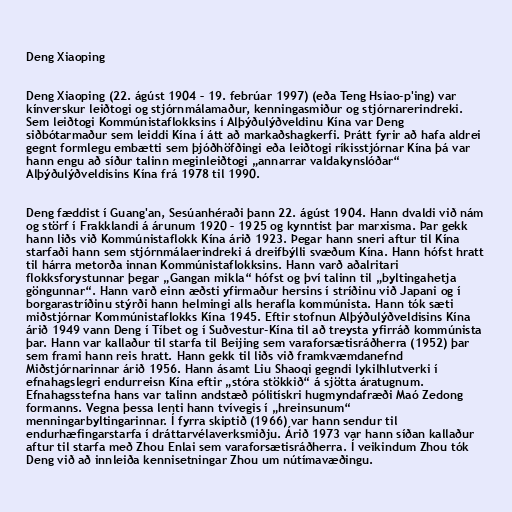
Deng Xiaoping

Deng Xiaoping (22. ágúst 1904 – 19. febrúar 1997) (eða Teng Hsiao-p'ing) var
kínverskur leiðtogi og stjórnmálamaður, kenningasmiður og stjórnarerindreki.
Sem leiðtogi Kommúnistaflokksins í Alþýðulýðveldinu Kína var Deng
siðbótarmaður sem leiddi Kína í átt að markaðshagkerfi. Þrátt fyrir að hafa aldrei
gegnt formlegu embætti sem þjóðhöfðingi eða leiðtogi ríkisstjórnar Kína þá var
hann engu að síður talinn meginleiðtogi „annarrar valdakynslóðar“
Alþýðulýðveldisins Kína frá 1978 til 1990.

Deng fæddist í Guang'an, Sesúanhéraði þann 22. ágúst 1904. Hann dvaldi við nám
og störf í Frakklandi á árunum 1920 – 1925 og kynntist þar marxisma. Þar gekk
hann liðs við Kommúnistaflokk Kína árið 1923. Þegar hann sneri aftur til Kína
starfaði hann sem stjórnmálaerindreki á dreifbýlli svæðum Kína. Hann hófst hratt
til hárra metorða innan Kommúnistaflokksins. Hann varð aðalritari
flokksforystunnar þegar „Gangan mikla“ hófst og því talinn til „byltingahetja
göngunnar“. Hann varð einn æðsti yfirmaður hersins í stríðinu við Japani og í
borgarastríðinu stýrði hann helmingi alls herafla kommúnista. Hann tók sæti
miðstjórnar Kommúnistaflokks Kína 1945. Eftir stofnun Alþýðulýðveldisins Kína
árið 1949 vann Deng í Tíbet og í Suðvestur-Kína til að treysta yfirráð kommúnista
þar. Hann var kallaður til starfa til Beijing sem varaforsætisráðherra (1952) þar
sem frami hann reis hratt. Hann gekk til liðs við framkvæmdanefnd
Miðstjórnarinnar árið 1956. Hann ásamt Liu Shaoqi gegndi lykilhlutverki í
efnahagslegri endurreisn Kína eftir „stóra stökkið“ á sjötta áratugnum.
Efnahagsstefna hans var talinn andstæð pólitískri hugmyndafræði Maó Zedong
formanns. Vegna þessa lenti hann tvívegis í „hreinsunum“
menningarbyltingarinnar. Í fyrra skiptið (1966) var hann sendur til
endurhæfingarstarfa í dráttarvélaverksmiðju. Árið 1973 var hann síðan kallaður
aftur til starfa með Zhou Enlai sem varaforsætisráðherra. Í veikindum Zhou tók
Deng við að innleiða kennisetningar Zhou um nútímavæðingu.